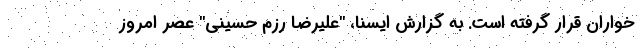
خواران قرار گرفته است. به گزارش ایسنا، "علیرضا رزم حسینی" عصر امروز